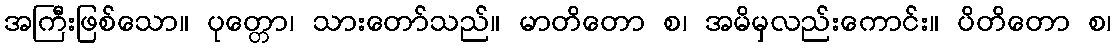
အကြီးဖြစ်သော။ ပုတ္တော၊ သားတော်သည်။ မာတိတော စ၊ အမိမှလည်းကောင်း။ ပိတိတော စ၊